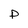
Character: p